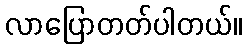
လာပြောတတ်ပါတယ်။